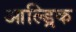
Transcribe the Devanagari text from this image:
आल्ड्रिक